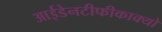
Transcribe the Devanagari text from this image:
आईडेनटीफीकाक्यो